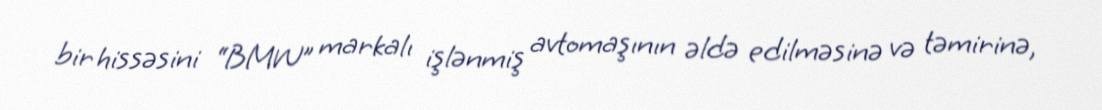
bir hissəsini “BMW” markalı işlənmiş avtomaşının əldə edilməsinə və təmirinə,